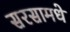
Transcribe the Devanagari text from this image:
सरसामधे